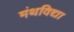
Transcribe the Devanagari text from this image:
मंथविद्या